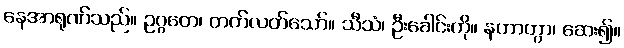
နေအာရုဏ်သည်။ ဥဂ္ဂတေ၊ တက်လတ်သော်။ သီသံ၊ ဦးခေါင်းကို။ နဟာတွာ၊ ဆေး၍။